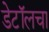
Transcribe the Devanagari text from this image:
डेटॉलचा